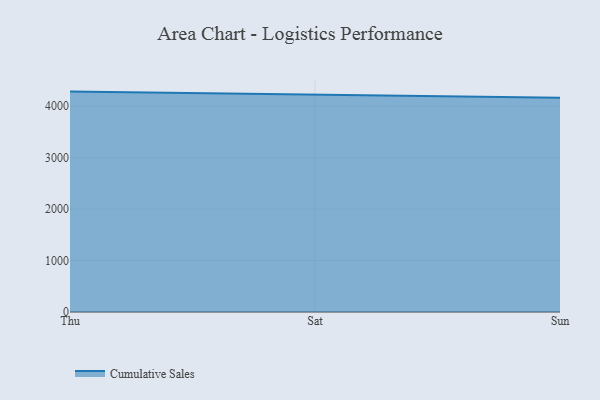
{"axis": {"x": "Day", "y": "Website Visitors"}, "legend": ["Cumulative Sales"], "data": [{"x": "Thu", "y": 4285.3, "type": "Cumulative Sales"}, {"x": "Sat", "y": 4219.4, "type": "Cumulative Sales"}, {"x": "Sun", "y": 4167.4, "type": "Cumulative Sales"}]}